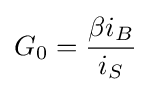
G_{0}={\frac {\beta i_{B}}{i_{S}}}\